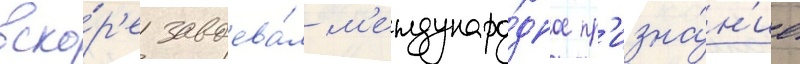
вско́р'е завоева́л м'еждунаро́дное пр'изна́н'ие